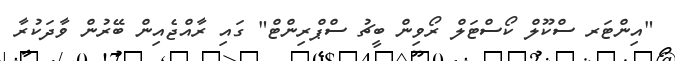
"އިންޓަރ ސްކޫލް ކޯސްޓަލް ރޯވިން ބީޗު ސްޕްރިންޓް" ގައި ރާއްޖެއިން ބޭރުން ވާދަކުރާ